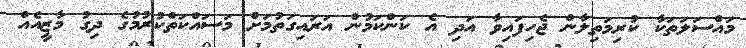
މައްސަލަތަކާ ކުރިމަތިލާން ޖެހިފައިވާ އަދި އެ ކަންކަމުން އަރައިގަތުމަށް މަސައްކަތްކުރުމުގެ ދިގު މާޒީއެއް